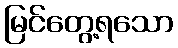
မြင်တွေ့ရသော